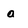
Character: a